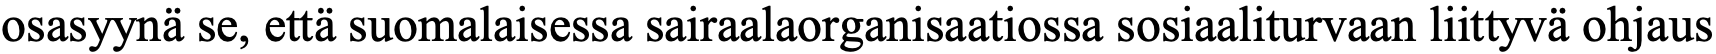
osasyynä se, että suomalaisessa sairaalaorganisaatiossa sosiaaliturvaan liittyvä ohjaus